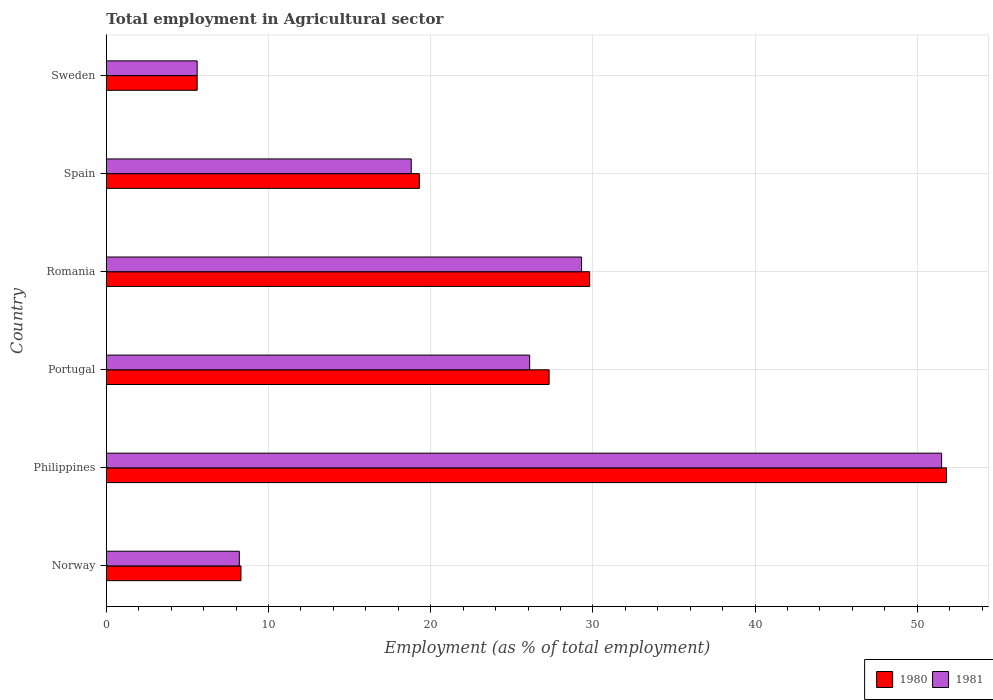
| Country | 1980 | 1981 |
 | --- | --- | --- |
 | Norway | 8.3 | 8.2 |
 | Philippines | 51.8 | 51.5 |
 | Portugal | 27.3 | 26.1 |
 | Romania | 29.8 | 29.3 |
 | Spain | 19.3 | 18.8 |
 | Sweden | 5.6 | 5.6 |